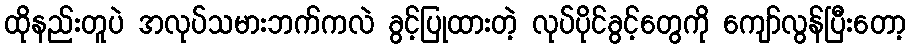
ထိုနည်းတူပဲ အလုပ်သမားဘက်ကလဲ ခွင့်ပြုထားတဲ့ လုပ်ပိုင်ခွင့်တွေကို ကျော်လွန်ပြီးတော့